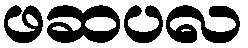
ဖဆပလ